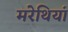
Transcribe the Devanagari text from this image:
मरेथियां